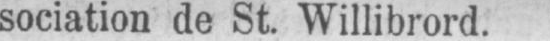
sociation de St. Willibrord.